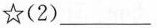
☆(2)___